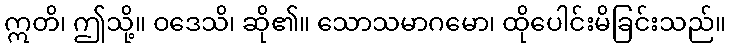
ဣတိ၊ ဤသို့။ ဝဒေသိ၊ ဆို၏။ သောသမာဂမော၊ ထိုပေါင်းမိခြင်းသည်။